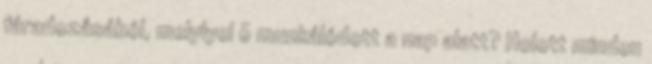
fáradozásából, melylyel õ munkálódott a nap alatt? Holott minden